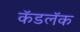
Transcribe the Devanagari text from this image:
कॅडलॅक